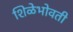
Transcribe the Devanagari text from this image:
शिळेभोवती